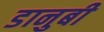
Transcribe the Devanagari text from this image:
डानुबी